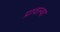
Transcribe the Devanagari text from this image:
प्रावल्या